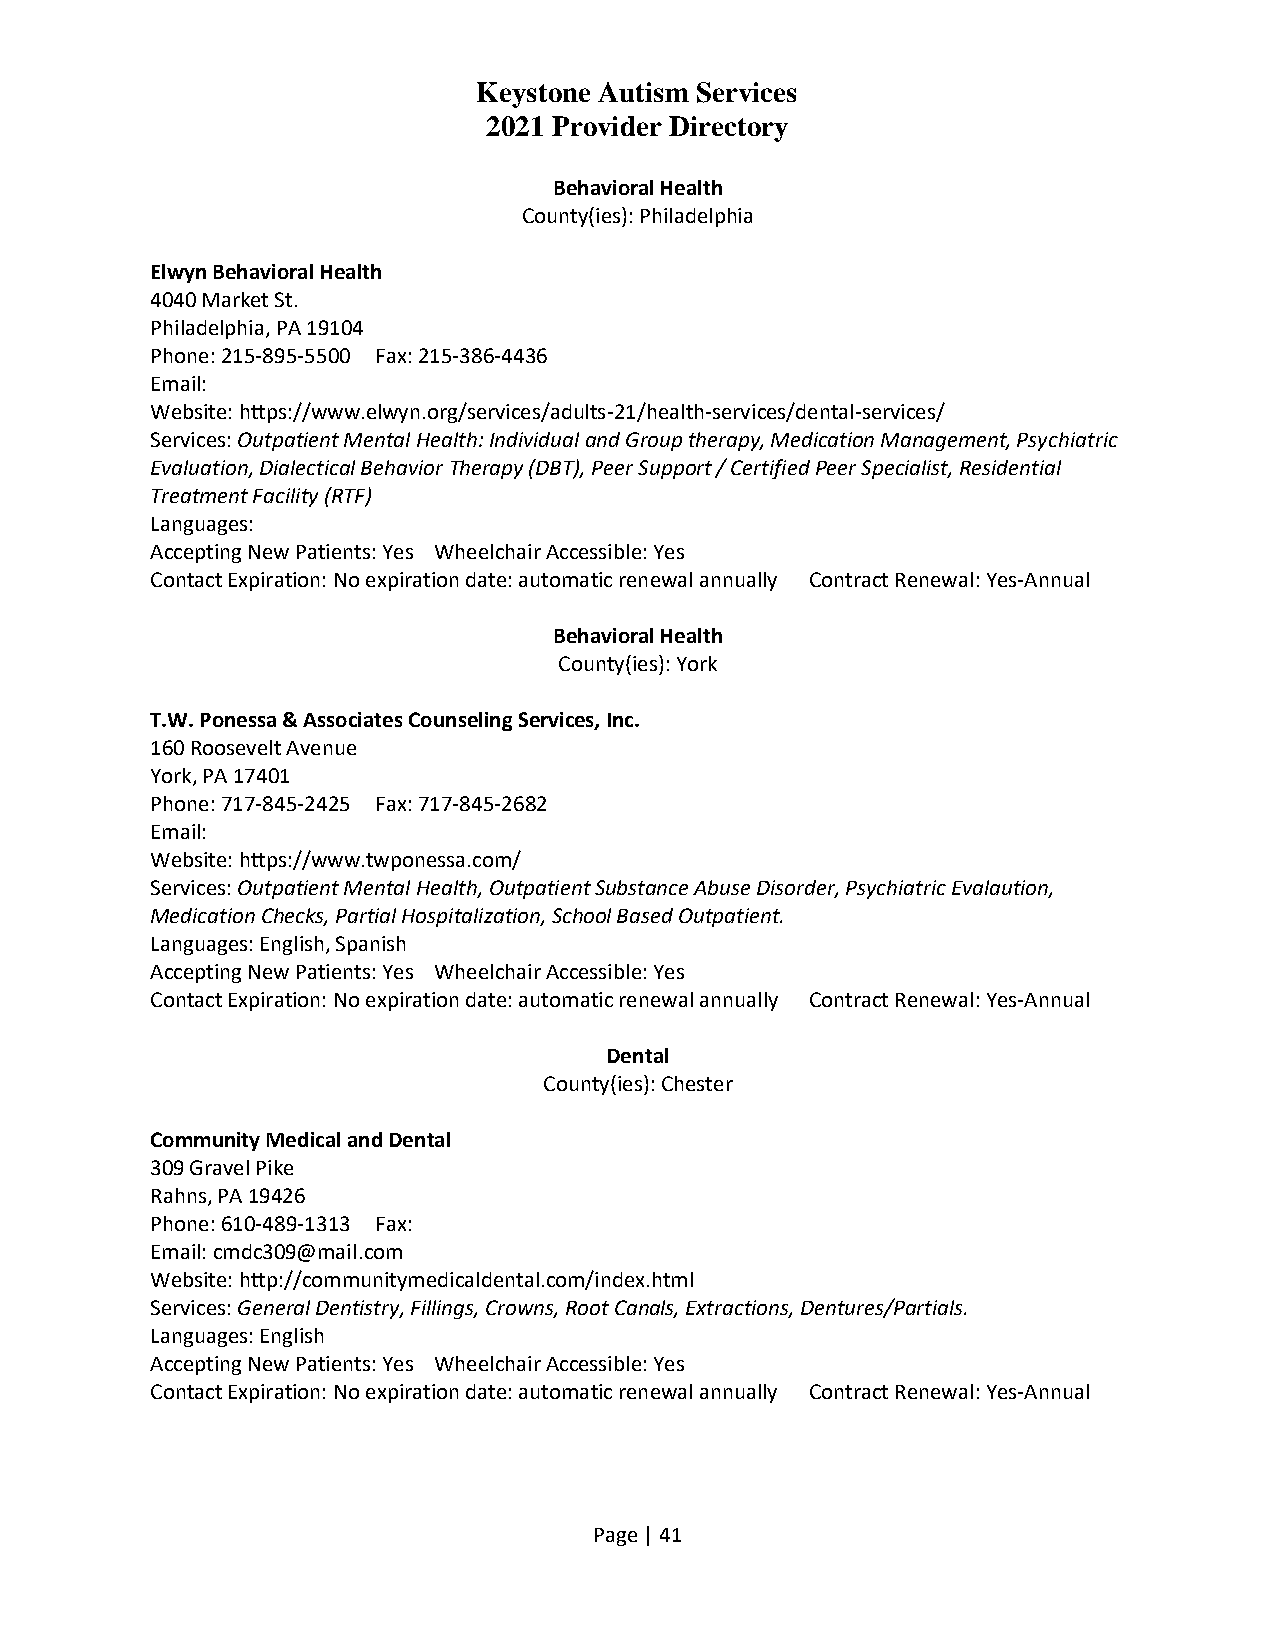
Keystone Autism Services
 2021 Provider Directory
 Behavioral Health
 County(ies): Philadelphia
 Elwyn Behavioral Health
 4040 Market St.
 Philadelphia, PA 19104
 Phone: 215-895-5500 Fax: 215-386-4436
 Email:
 Website: https://www.elwyn.org/services/adults-21/health-services/dental-services/
 Services: Outpatient Mental Health: Individual and Group therapy, Medication Management, Psychiatric
 Evaluation, Dialectical Behavior Therapy (DBT), Peer Support / Certified Peer Specialist, Residential
 Treatment Facility (RTF)
 Languages:
 Accepting New Patients: Yes Wheelchair Accessible: Yes
 Contact Expiration: No expiration date: automatic renewal annually Contract Renewal: Yes-Annual
 Behavioral Health
 County(ies): York
 T.W. Ponessa & Associates Counseling Services, Inc.
 160 Roosevelt Avenue
 York, PA 17401
 Phone: 717-845-2425 Fax: 717-845-2682
 Email:
 Website: https://www.twponessa.com/
 Services: Outpatient Mental Health, Outpatient Substance Abuse Disorder, Psychiatric Evalaution,
 Medication Checks, Partial Hospitalization, School Based Outpatient.
 Languages: English, Spanish
 Accepting New Patients: Yes Wheelchair Accessible: Yes
 Contact Expiration: No expiration date: automatic renewal annually Contract Renewal: Yes-Annual
 Dental
 County(ies): Chester
 Community Medical and Dental
 309 Gravel Pike
 Rahns, PA 19426
 Phone: 610-489-1313 Fax:
 Email: cmdc309@mail.com
 Website: http://communitymedicaldental.com/index.html
 Services: General Dentistry, Fillings, Crowns, Root Canals, Extractions, Dentures/Partials.
 Languages: English
 Accepting New Patients: Yes Wheelchair Accessible: Yes
 Contact Expiration: No expiration date: automatic renewal annually Contract Renewal: Yes-Annual
 Page | 41